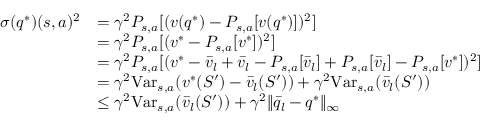
\begin{array} { r l } { \sigma ( q ^ { * } ) ( s , a ) ^ { 2 } } & { = \gamma ^ { 2 } P _ { s , a } [ ( v ( q ^ { * } ) - P _ { s , a } [ v ( q ^ { * } ) ] ) ^ { 2 } ] } \\ & { = \gamma ^ { 2 } P _ { s , a } [ ( v ^ { * } - P _ { s , a } [ v ^ { * } ] ) ^ { 2 } ] } \\ & { = \gamma ^ { 2 } P _ { s , a } [ ( v ^ { * } - \bar { v } _ { l } + \bar { v } _ { l } - P _ { s , a } [ \bar { v } _ { l } ] + P _ { s , a } [ \bar { v } _ { l } ] - P _ { s , a } [ v ^ { * } ] ) ^ { 2 } ] } \\ & { = \gamma ^ { 2 } \mathrm { V a r } _ { s , a } ( v ^ { * } ( S ^ { \prime } ) - \bar { v } _ { l } ( S ^ { \prime } ) ) + \gamma ^ { 2 } \mathrm { V a r } _ { s , a } ( \bar { v } _ { l } ( S ^ { \prime } ) ) } \\ & { \leq \gamma ^ { 2 } \mathrm { V a r } _ { s , a } ( \bar { v } _ { l } ( S ^ { \prime } ) ) + \gamma ^ { 2 } \| \bar { q } _ { l } - q ^ { * } \| _ { \infty } } \end{array}